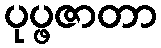
ပုပ္ဖဇာတာ